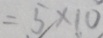
= 5 \times 1 0